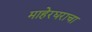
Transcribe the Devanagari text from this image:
माहेरघराचा